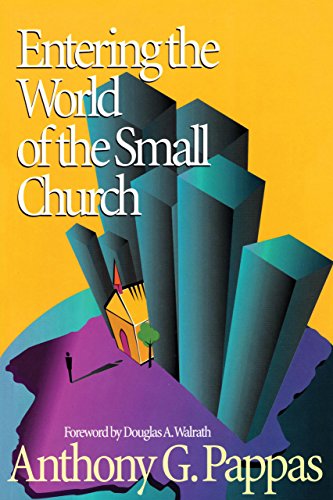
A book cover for Entering the World of the Small Church; Anthony G. Pappas; Christian Books & Bibles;